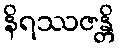
နိရဿဇန္တိ